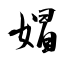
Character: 媢